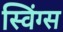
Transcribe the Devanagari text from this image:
स्विंग्स